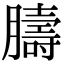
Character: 𦡴